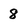
Character: 8